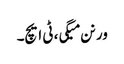
ورنن میگی، ٹی ایچ۔